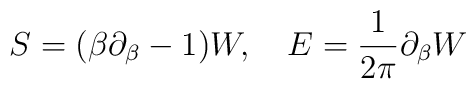
S=(\beta \partial_\beta-1)W,~~~E={1 \over 2\pi} \partial_\beta W